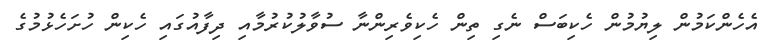
އެހެންކަމުން ލިޔުމުން ހެކިބަސް ނެގި ތިން ހެކިވެރިންނާ ސުވާލުކުރުމާއި ދިފާއުގައި ހެކިން ހުށަހެޅުމުގެ